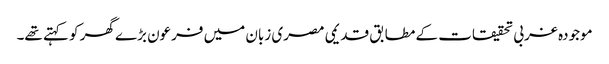
موجودہ غربی تحقیقات کے مطابق قدیمی مصری زبان میں فرعون بڑے گھر کو کہتے تھے۔